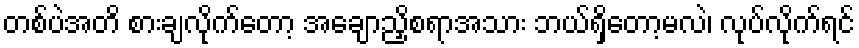
တစ်ပဲအတိ စားချလိုက်တော့ အချောညှိစရာအသား ဘယ်ရှိတော့မလဲ၊ လုပ်လိုက်ရင်